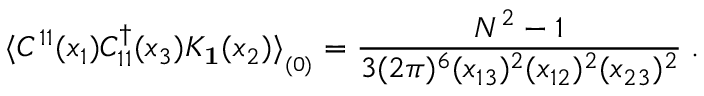
\langle { \cal C } ^ { 1 1 } ( x _ { 1 } ) { \cal C } _ { 1 1 } ^ { \dagger } ( x _ { 3 } ) { \cal K } _ { { \bf 1 } } ( x _ { 2 } ) \rangle _ { _ { ( 0 ) } } = { \frac { N ^ { 2 } - 1 } { 3 ( 2 \pi ) ^ { 6 } ( x _ { 1 3 } ) ^ { 2 } ( x _ { 1 2 } ) ^ { 2 } ( x _ { 2 3 } ) ^ { 2 } } } \; .